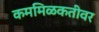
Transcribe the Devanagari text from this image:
कममिळकतीवर